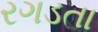
રગડતા